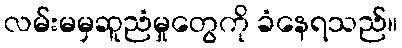
လမ်းမမှဆူညံမှုတွေကို ခံနေရသည်။